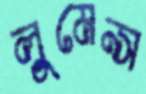
লুমেন্স